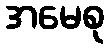
အမေစု